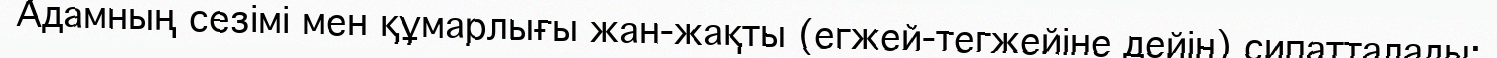
Адамның сезімі мен құмарлығы жан-жақты (егжей-тегжейіне дейін) сипатталады;